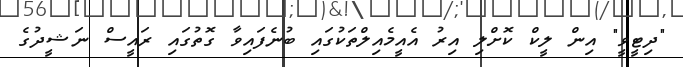
"ދިޓީވީ" އިން ލީކް ކޮށްލި އިރު އެއީމެއިލްތަކުގައި ބުނެފައިވާ ގޮތުގައި ރައީސް ނަޝީދުގެ